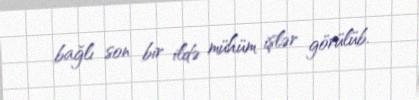
bağlı son bir ildə mühüm işlər görülüb.